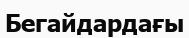
Бегайдардағы